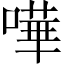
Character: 嘩